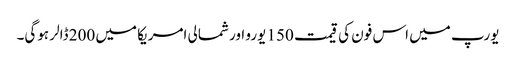
یورپ میں اس فون کی قیمت 150 یورو اور شمالی امریکا میں 200 ڈالر ہوگی۔